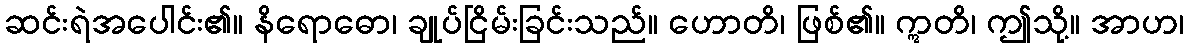
ဆင်းရဲအပေါင်း၏။ နိရောဓော၊ ချုပ်ငြိမ်းခြင်းသည်။ ဟောတိ၊ ဖြစ်၏။ ဣတိ၊ ဤသို့။ အာဟ၊